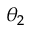
\theta _ { 2 }